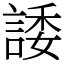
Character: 諉